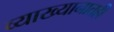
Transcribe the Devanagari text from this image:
व्याख्यानातही